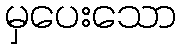
မှပေးသော